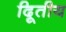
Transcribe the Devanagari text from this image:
दिूतीय